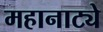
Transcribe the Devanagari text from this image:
महानाट्ये